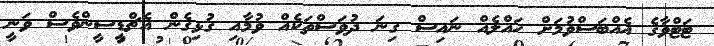
ޓަޓްވާގެ އެއްބަސްވުމަށް ހައްލެއް ނައިސް ގިނަ ދުވަސްތަކެއް ވުމާއި ގުޅިގެން އެޗްޑީސީންވެސް ވަނީ